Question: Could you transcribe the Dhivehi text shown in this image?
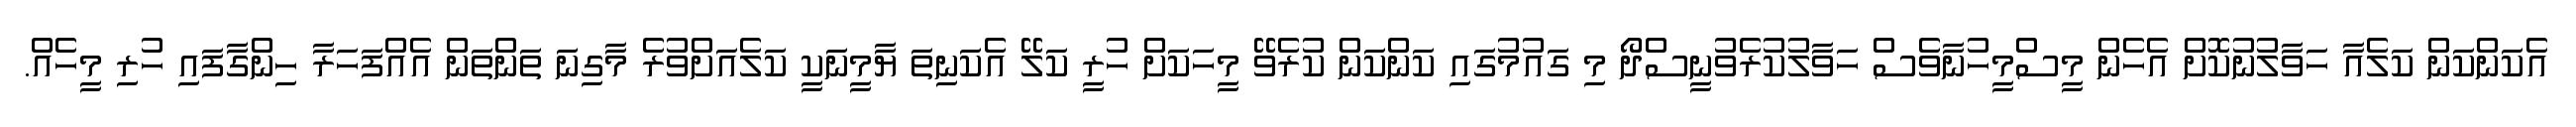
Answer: އެކަންކަން ކަލެއާ ހަވާލުނުކޮށް އެހެން މީސްމީހުނާވެސް ހަވާލުކުރެވުނީސްދޯ މި ގައުމުގައި ކަންކަން ކުރެވޭ މީހަކަށް ހުރީ ކަލޭ އެކަނިތަ ޔާމީނަކީ ކަލެއަށްވުރެ މާގިނަ ތަންތަން އެއްފަހަރާ ހިންގާފައި ހުރި މީހެއް.